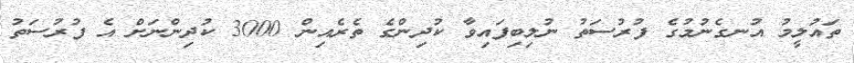
ތައުލީމު އުނގެނުމުގެ ފުރުސަތު ނުލިބިފައިވާ ކުދިންގެ ތެރެއިން 3000 ކުދިންނަށް އެ ފުރުސަތު